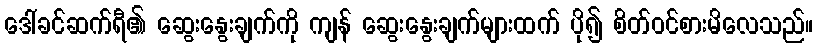
ဒေါ်ခင်ဆက်ရီ၏ ဆွေးနွေးချက်ကို ကျန် ဆွေးနွေးချက်များထက် ပို၍ စိတ်ဝင်စားမိလေသည်။